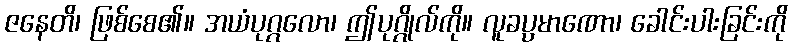
ဇနေတိ၊ ဖြစ်စေ၏။ အယံပုဂ္ဂလော၊ ဤပုဂ္ဂိုလ်ကို။ လူခပ္ပမာဏော၊ ခေါင်းပါးခြင်းကို